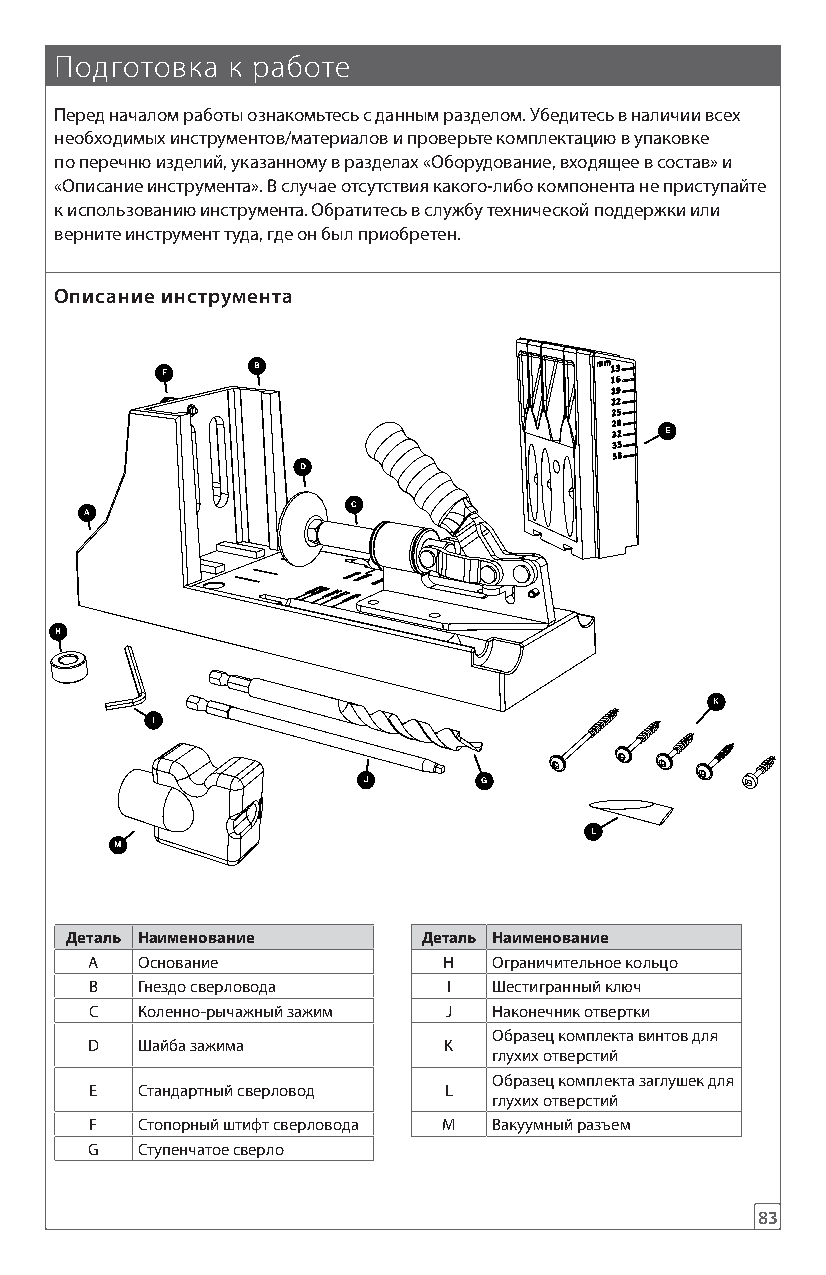
Подготовка к работе
 Перед началом работы ознакомьтесь с данным разделом. Убедитесь в наличии всех
 необходимых инструментов/материалов и проверьте комплектацию в упаковке
 по перечню изделий, указанному в разделах «Оборудование, входящее в состав» и
 «Описание инструмента». В случае отсутствия какого-либо компонента не приступайте
 к использованию инструмента. Обратитесь в службу технической поддержки или
 верните инструмент туда, где он был приобретен.
 Описание инструмента
 B
 F
 E
 D
 C
 A
 H
 K
 I
 J       G
 L
 M
 Деталь Наименование     Деталь Наименование
 A  Основание           H   Ограничительное кольцо
 B  Гнездо сверловода    I  Шестигранный ключ
 C  Коленно-рычажный зажим J Наконечник отвертки
 Образец комплекта винтов для
 D  Шайба зажима        K
 глухих отверстий
 Образец комплекта заглушек для
 E  Стандартный сверловод L
 глухих отверстий
 F  Стопорный штифт сверловода M Вакуумный разъем
 G  Ступенчатое сверло
 83